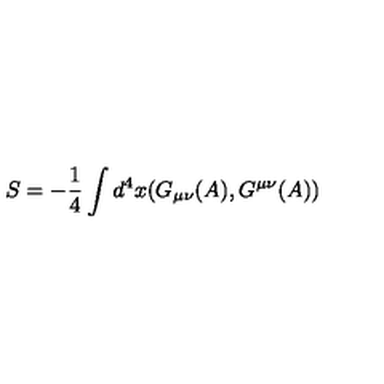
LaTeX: S = - \frac { 1 } { 4 } \int d ^ { 4 } x ( G _ { \mu \nu } ( A ) , G ^ { \mu \nu } ( A ) )